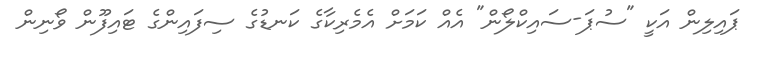
ޕައިލިން އަކީ "ސުޕަ-ސައިކްލޯން" އެއް ކަމަށް އެމެރިކާގެ ކަނޑުގެ ސިފައިންގެ ޓައިފޫން ވޯނިން